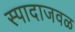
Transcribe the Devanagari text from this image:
स्पादाजवळ